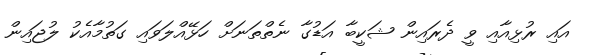
އައި ރުޅިއާއި ވީ ދެރައިން ޝަކީބާ އަޑުގާ ނެތްތަނަށް ހަޅޭއްލަވައި ގަތުމާއެކު ލުޖައިން